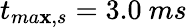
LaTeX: t_{ma\mathbf{x},s}=3.0~ms